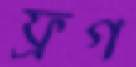
ফ্রগ